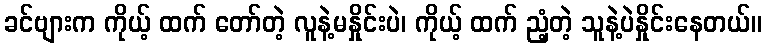
ခင်ဗျားက ကိုယ့် ထက် တော်တဲ့ လူနဲ့မနှိုင်းပဲ၊ ကိုယ့် ထက် ညံ့တဲ့ သူနဲ့ပဲနှိုင်းနေတယ်။